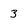
Character: 3